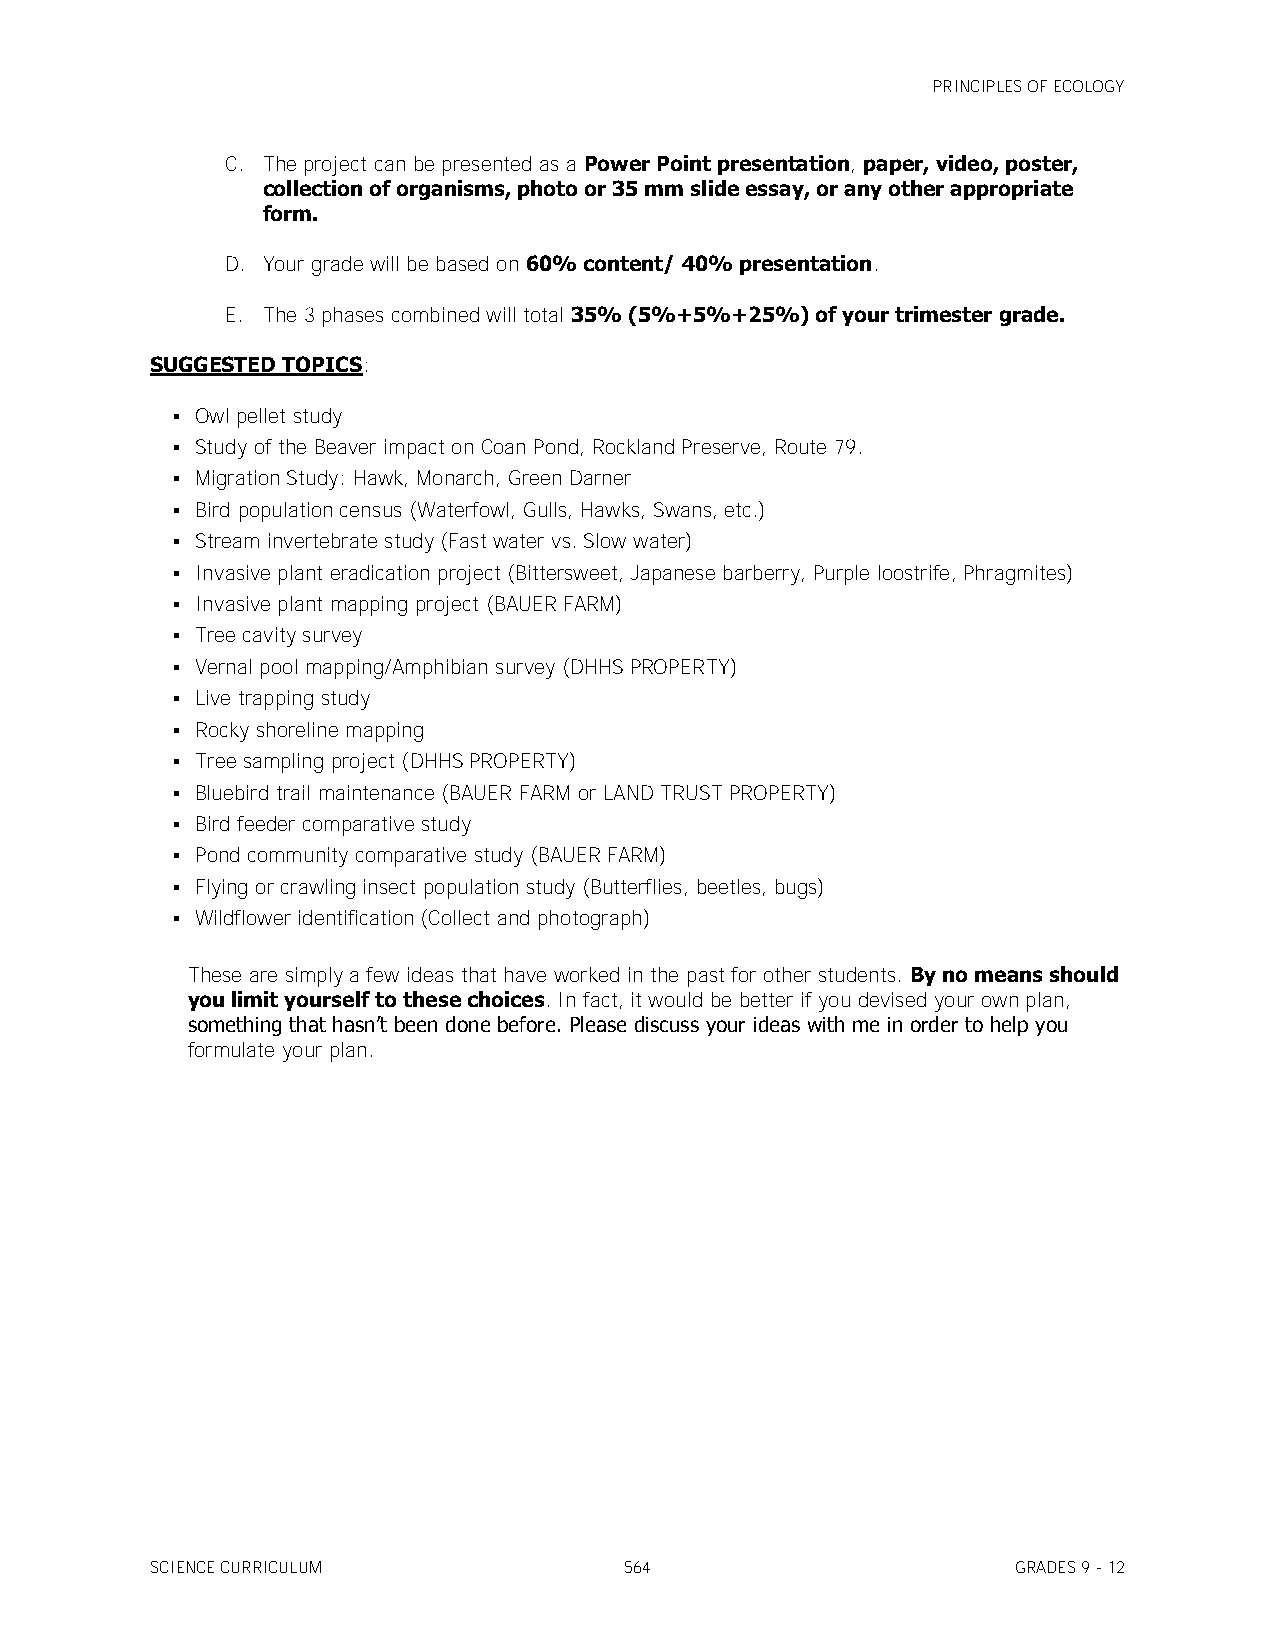
PRINCIPLES OF ECOLOGY
 C. The project can be presented as a Power Point presentation, paper, video, poster,
 collection of organisms, photo or 35 mm slide essay, or any other appropriate
 form.
 D. Your grade will be based on 60% content/ 40% presentation.
 E. The 3 phases combined will total 35% (5%+5%+25%) of your trimester grade.
 SUGGESTED TOPICS:
  Owl pellet study
  Study of the Beaver impact on Coan Pond, Rockland Preserve, Route 79.
  Migration Study: Hawk, Monarch, Green Darner
  Bird population census (Waterfowl, Gulls, Hawks, Swans, etc.)
  Stream invertebrate study (Fast water vs. Slow water)
  Invasive plant eradication project (Bittersweet, Japanese barberry, Purple loostrife, Phragmites)
  Invasive plant mapping project (BAUER FARM)
  Tree cavity survey
  Vernal pool mapping/Amphibian survey (DHHS PROPERTY)
  Live trapping study
  Rocky shoreline mapping
  Tree sampling project (DHHS PROPERTY)
  Bluebird trail maintenance (BAUER FARM or LAND TRUST PROPERTY)
  Bird feeder comparative study
  Pond community comparative study (BAUER FARM)
  Flying or crawling insect population study (Butterflies, beetles, bugs)
  Wildflower identification (Collect and photograph)
 These are simply a few ideas that have worked in the past for other students. By no means should
 you limit yourself to these choices. In fact, it would be better if you devised your own plan,
 something that hasn’t been done before. Please discuss your ideas with me in order to help you
 formulate your plan.
 SCIENCE CURRICULUM             564                       GRADES 9 - 12